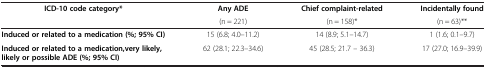
| ICD-10 code category* | Any ADE | Chief complaint-related | Incidentally found |
 |  | (n = 221) | (n = 158)* | (n = 63)** |
 | --- | --- | --- | --- |
 | Induced or related to a medication (%; 95% CI) | 15 (6.8; 4.0–11.2) | 14 (8.9; 5.1–14.7) | 1 (1.6; 0.1–9.7) |
 | Induced or related to a medication,very likely, likely or possible ADE (%; 95% CI) | 62 (28.1; 22.3–34.6) | 45 (28.5; 21.7 – 36.3) | 17 (27.0; 16.9–39.9) |